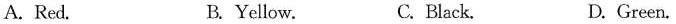
A. Red. B. Yellow. C. Black. D.Green.